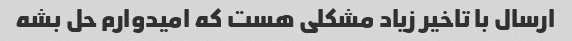
ارسال با تاخیر زیاد مشکلی هست که امیدوارم حل بشه